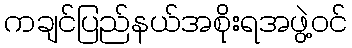
ကချင်ပြည်နယ်အစိုးရအဖွဲ့ဝင်